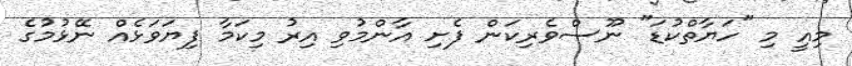
މިއީ މި "ހަޔާތްކުޑަ" ނޫސްވެރިކަން ފެށި އާންމުވި އިރު މިކަމާ ފިޔަވަޅެއް ނޭޅުމުގެ